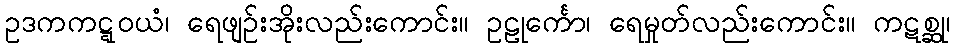
ဥဒကကဋ္ဋဝယံ၊ ရေဖျဉ်းအိုးလည်းကောင်း။ ဥဠုင်္ကော၊ ရေမှုတ်လည်းကောင်း။ ကဋစ္ဆု၊